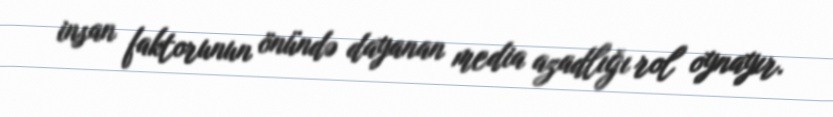
insan faktorunun önündə dayanan media azadlığı rol oynayır.